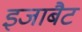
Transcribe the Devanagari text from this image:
इजाबैट